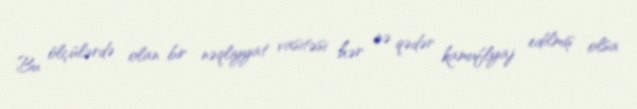
Bu ölçülərdə olan bir nəqliyyat vasitəsi hər nə qədər kamuflyaj edilmiş olsa